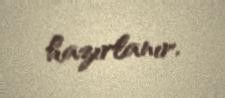
hazırlanır.